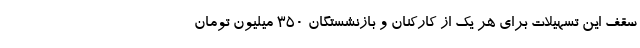
سقف این تسهیلات برای هر یک از کارکنان و بازنشستگان ۳۵۰ میلیون تومان